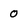
Character: 0